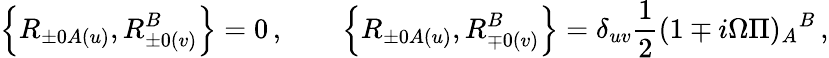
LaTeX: \left\{ R_{\pm 0A(u)},R_{\pm 0(v)}^{B}\right\} =0\, ,\qquad\left\{ R_{\pm 0A(u)},R_{\mp 0(v)}^{B}\right\} =\delta_{uv}\frac{1}{2}(1\mp i\Omega\Pi)_{A}{}^{B}\, ,